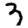
Digit: 3